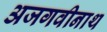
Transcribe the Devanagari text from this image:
अजगवीनाथ